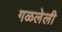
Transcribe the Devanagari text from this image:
गळलेली